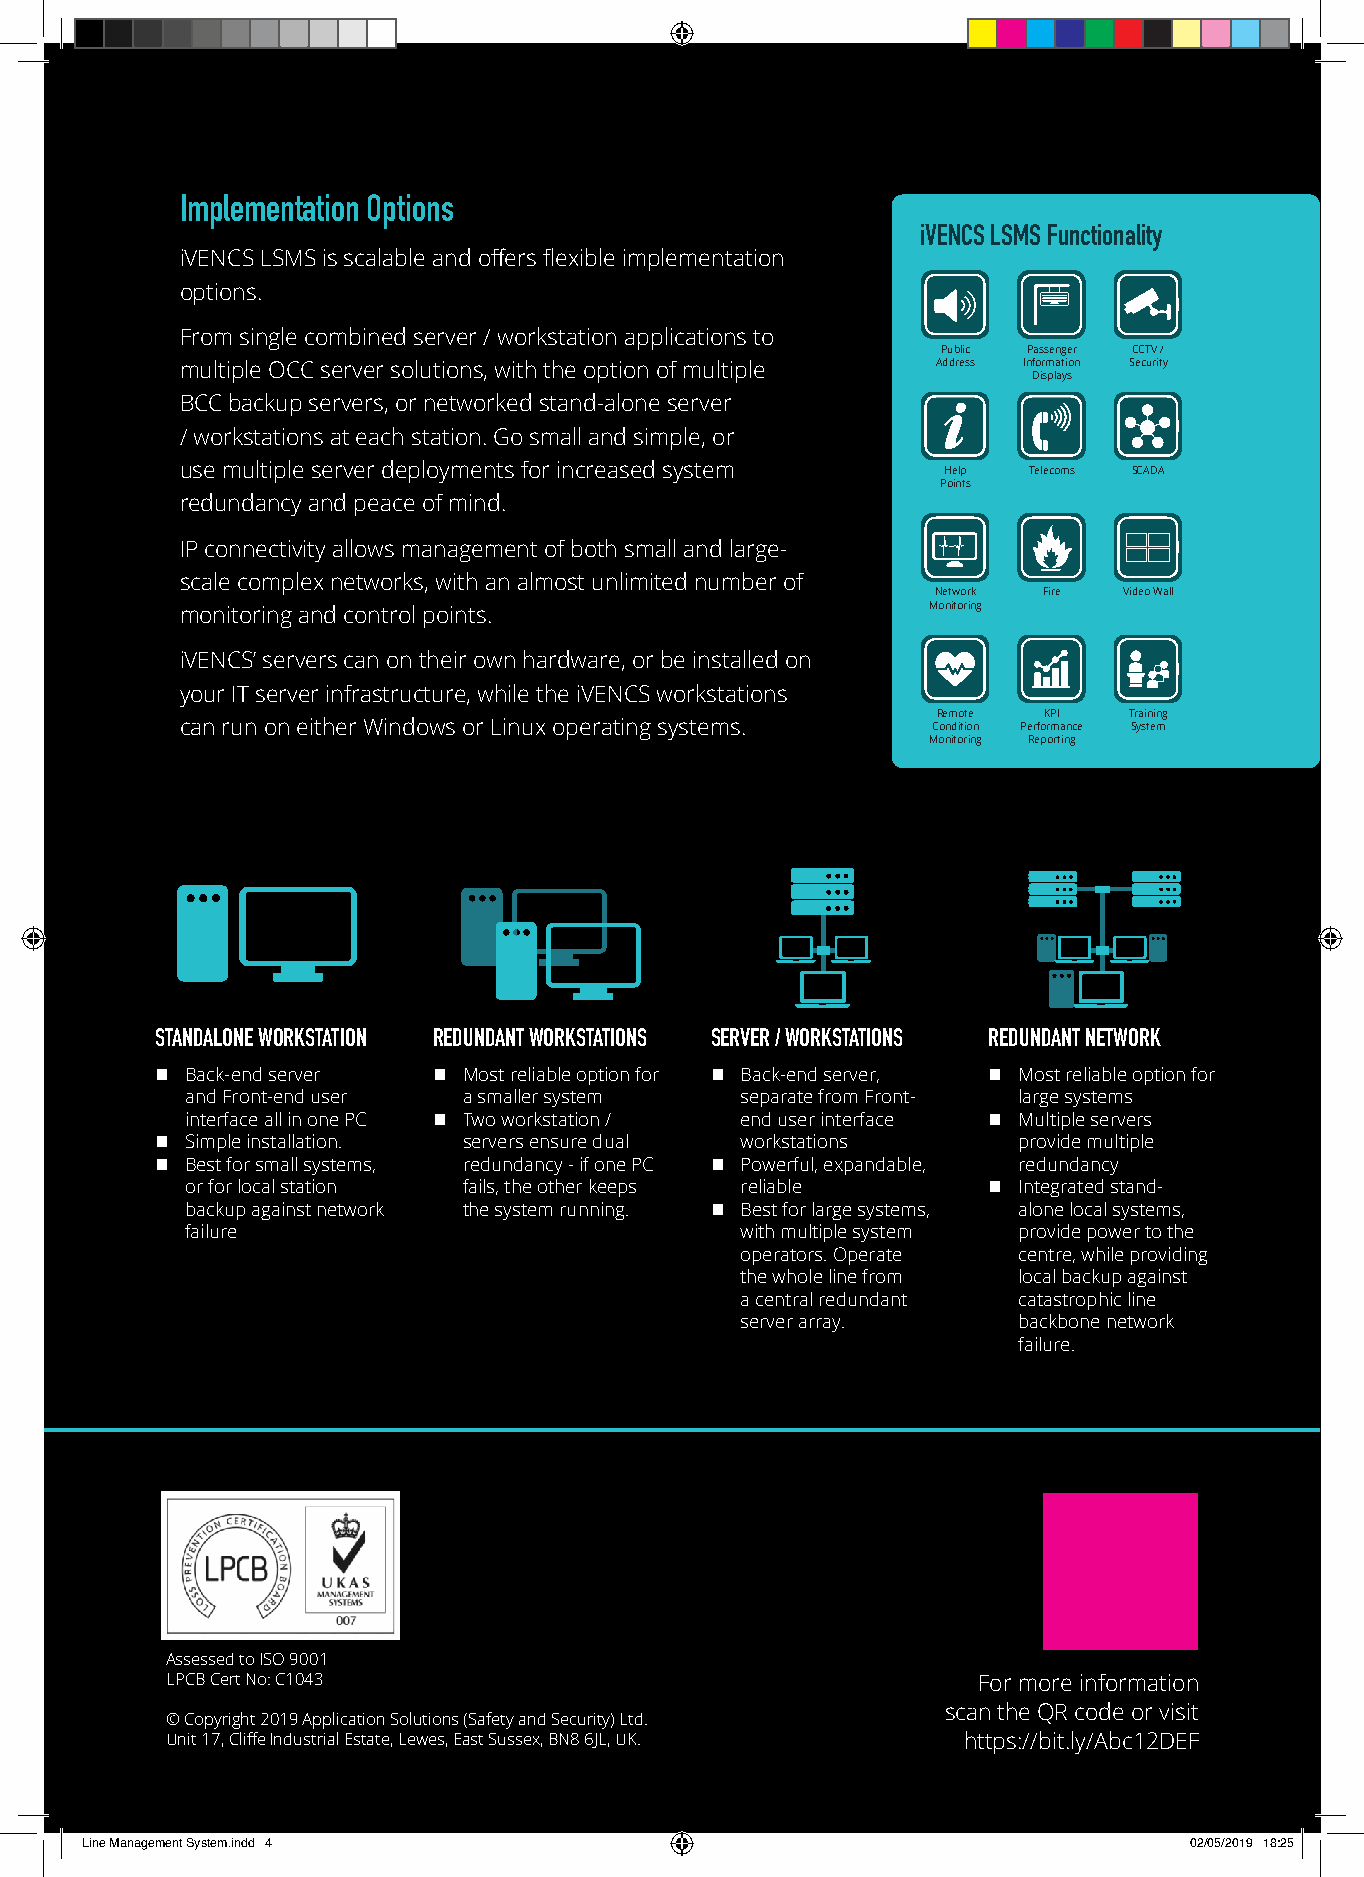
Implementation Options
 iVENCS LSMS Functionality
 iVENCS LSMS is scalable and offers flexible implementation
 options.
 From single combined server / workstation applications to
 Public Passenger CCTV /
 multiple OCC server solutions, with the option of multiple Address Information Security
 Displays
 BCC backup servers, or networked stand-alone server
 / workstations at each station. Go small and simple, or
 use multiple server deployments for increased system Help Telecoms SCADA
 Points
 redundancy and peace of mind.
 IP connectivity allows management of both small and large-
 scale complex networks, with an almost unlimited number of
 Network Fire Video Wall
 monitoring and control points.                   Monitoring
 iVENCS’ servers can on their own hardware, or be installed on
 your IT server infrastructure, while the iVENCS workstations
 Remote KPI   Training
 can run on either Windows or Linux operating systems. Condition Performance System
 Monitoring Reporting
 STANDALONE WORKSTATION REDUNDANT WORKSTATIONS SERVER / WORKSTATIONS REDUNDANT NETWORK
  Back-end server   Most reliable option for  Back-end server,  Most reliable option for
 and Front-end user a smaller system  separate from Front- large systems
 interface all in one PC  Two workstation / end user interface  Multiple servers
  Simple installation. servers ensure dual workstations  provide multiple
  Best for small systems, redundancy - if one PC  Powerful, expandable, redundancy
 or for local station fails, the other keeps reliable  Integrated stand-
 backup against network the system running.  Best for large systems, alone local systems,
 failure                              with multiple system provide power to the
 operators. Operate centre, while providing
 the whole line from local backup against
 a central redundant catastrophic line
 server array.     backbone network
 failure.
 Assessed to ISO 9001
 LPCB Cert No: C1043                                   For more information
 scan the QR code or visit
 © Copyright 2019 Application Solutions (Safety and Security) Ltd.
 Unit 17, Cliffe Industrial Estate, Lewes, East Sussex, BN8 6JL, UK. https://bit.ly/Abc12DEF
 Line Management System.indd 4                                             02/05/2019 18:25